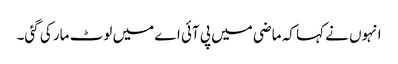
انہوں نے کہا کہ ماضی میں پی آئی اے میں لوٹ مار کی گئی۔